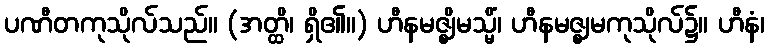
ပဏီတကုသိုလ်သည်။ (အတ္ထိ၊ ရှိ၏။) ဟီနမဇ္ဈိမသ္မိံ၊ ဟီနမဇ္ဈမကုသိုလ်၌။ ဟီနံ၊